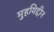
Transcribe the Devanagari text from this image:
मुहयिद्दीन